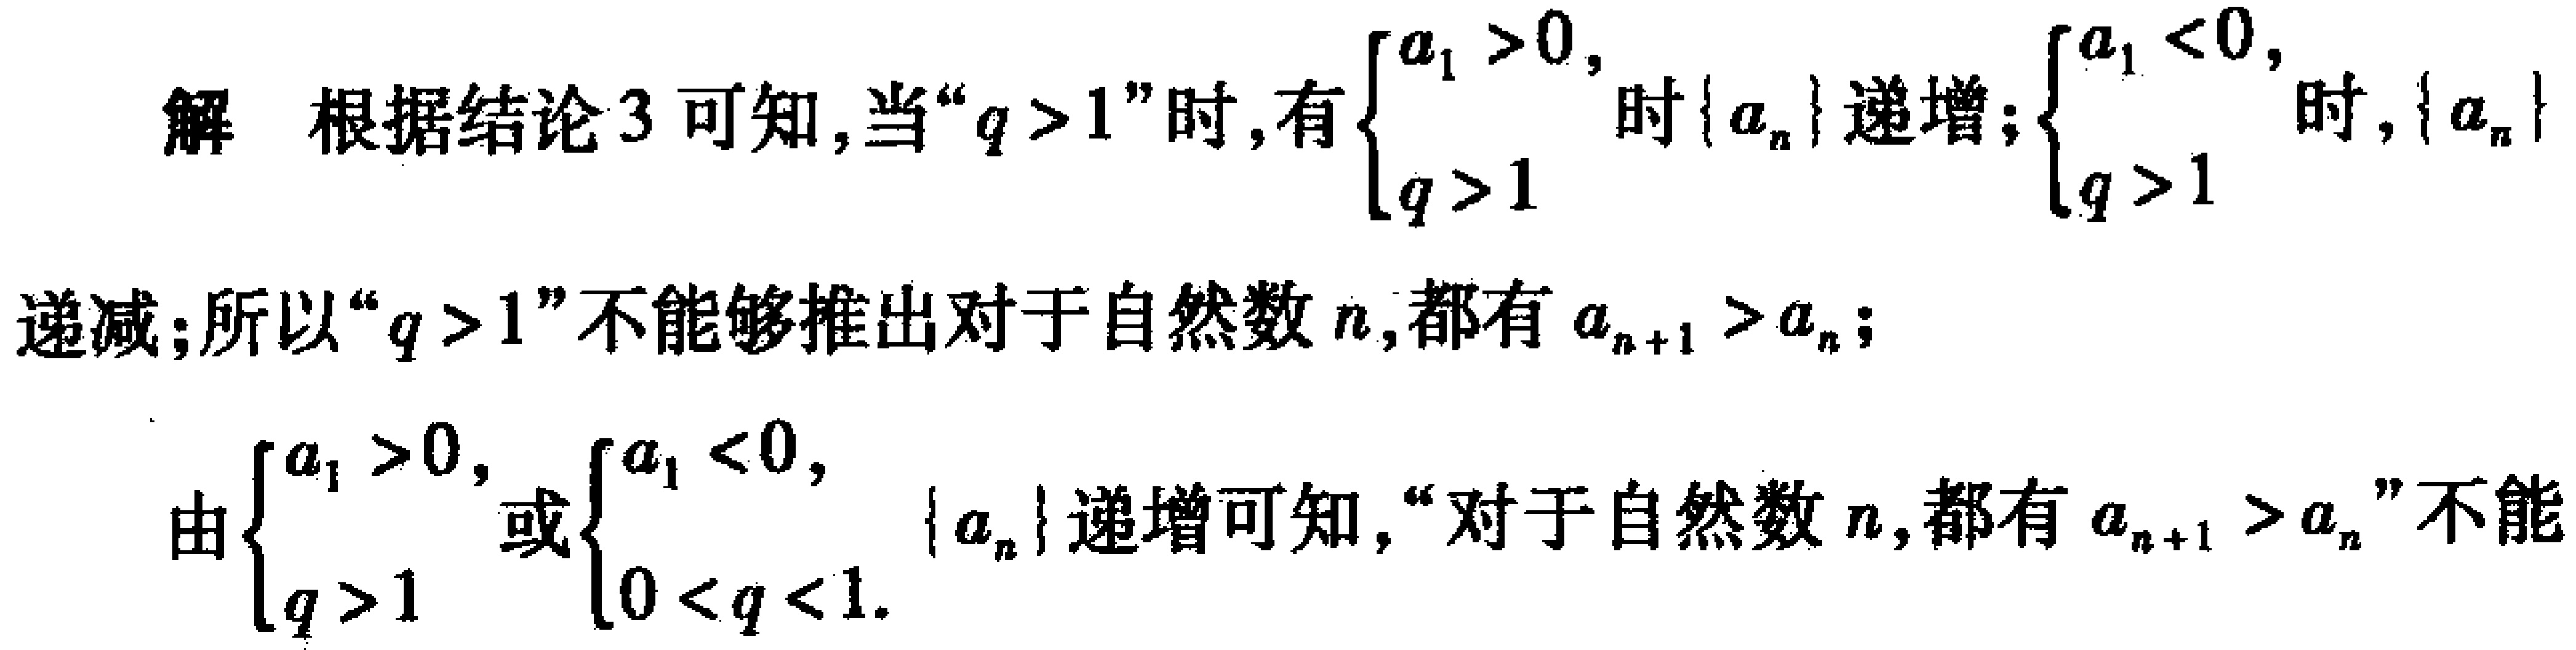
解 根据结论3可知,当“$q > 1$”时,有$\begin{cases} a_{1} > 0,\\ q > 1\\ \end{cases}$时$\{a_{n}\}$递增;$\begin{cases} a_{1} < 0,\\ q > 1\\ \end{cases}$时,$\{a_{n}\}$递减;所以“$q > 1$”不能够推出对于自然数$n$,都有$a_{n + 1} > a_{n}$;
由$\begin{cases} a_{1} > 0,\\ q > 1\\ \end{cases}$或$\begin{cases} a_{1} < 0,\\ 0 < q < 1.\\ \end{cases}$$\{a_{n}\}$递增可知,“对于自然数$n$,都有$a_{n + 1} > a_{n}$”不能